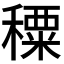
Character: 𥢕